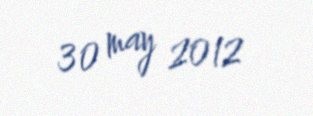
30 may 2012